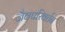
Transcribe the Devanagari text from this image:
जैवपरिवर्तन